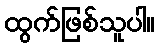
ထွက်ဖြစ်သူပါ။